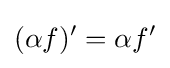
(\alpha f)'=\alpha f'